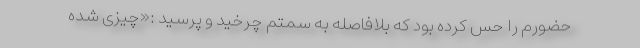
حضورم را حس کرده بود که بلافاصله به سمتم چرخید و پرسید :«چیزی شده